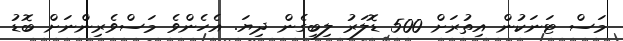
މަސް ޓަނަކުން އިތުރަށް 500 ޑޮލަރު ލިބިގެން ދިޔަ. އެހެންވެ މަސްވެރިންނަށް ބޮޑު